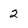
Character: 2